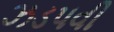
ઝડપવી